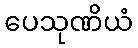
ပေသုဏိယံ